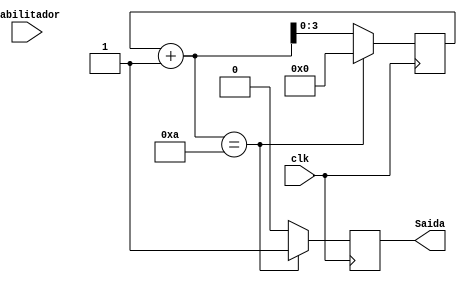
module Contador010(Habilitador, Saida, clk);
	input Habilitador, clk;
	output reg Saida;
	reg [3:0]Conta;
	
	always@(posedge clk)
	begin
		if(Conta+1 == 4'b1010)
		begin
			Conta <= 4'b0000;
			Saida <= 1;
		end
		else
		begin
			Conta <= Conta+1;
			Saida <= 0;
		end
	end

endmodule